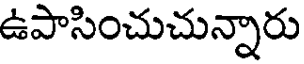
ఉపాసించుచున్నారు